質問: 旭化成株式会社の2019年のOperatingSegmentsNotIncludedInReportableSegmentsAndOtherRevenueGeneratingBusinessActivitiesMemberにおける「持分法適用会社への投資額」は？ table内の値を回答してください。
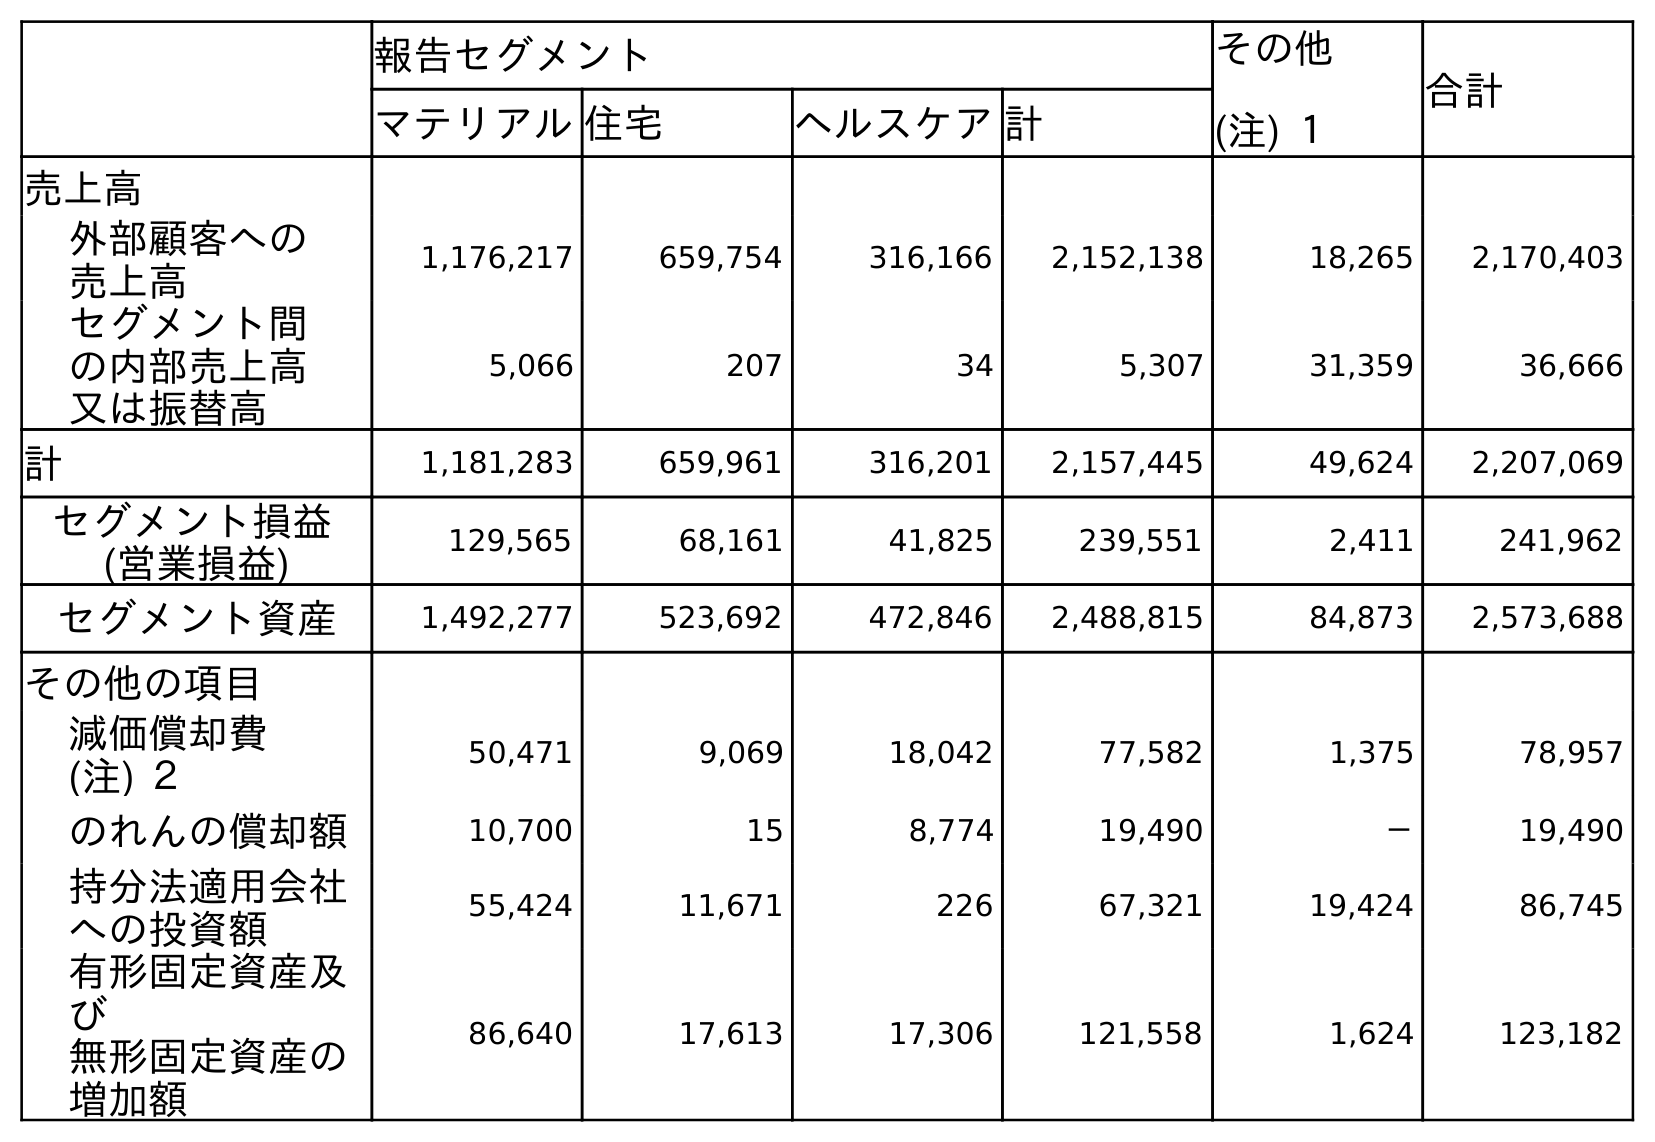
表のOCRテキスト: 報告セグメント その他 (注) １ 合計 マテリアル住宅 ヘルスケア計 売上高 外部顧客への 売上高 1,176,217 659,754 316,166 2,152,138 18,265 2,170,403 セグメント間 の内部売上高 又は振替高 5,066 207 34 5,307 31,359 36,666 計 1,181,283 659,961 316,201 2,157,445 49,624 2,207,069 セグメント損益 (営業損益) 129,565 68,161 41,825 239,551 2,411 241,962 セグメント資産 1,492,277 523,692 472,846 2,488,815 84,873 2,573,688 その他の項目 減価償却費 (注) ２ 50,471 9,069 18,042 77,582 1,375 78,957 のれんの償却額 10,700 15 8,774 19,490 － 19,490 持分法適用会社 への投資額 55,424 11,671 226 67,321 19,424 86,745 有形固定資産及 び 無形固定資産の 増加額 86,640 17,613 17,306 121,558 1,624 123,182
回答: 19,424